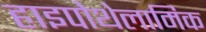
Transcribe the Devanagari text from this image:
हाइपोथेलामिक